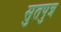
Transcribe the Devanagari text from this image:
सुतपुत्र